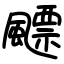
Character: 飃